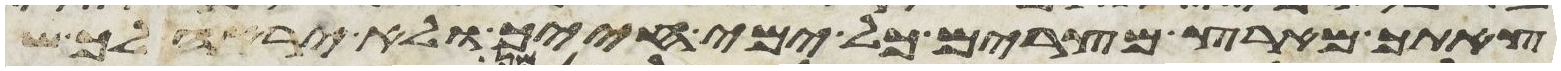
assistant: צאתך מארץ מצרים כל ימי חייך ולא יראה